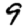
Digit: 9